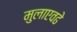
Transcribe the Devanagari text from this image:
मुलाएवढे